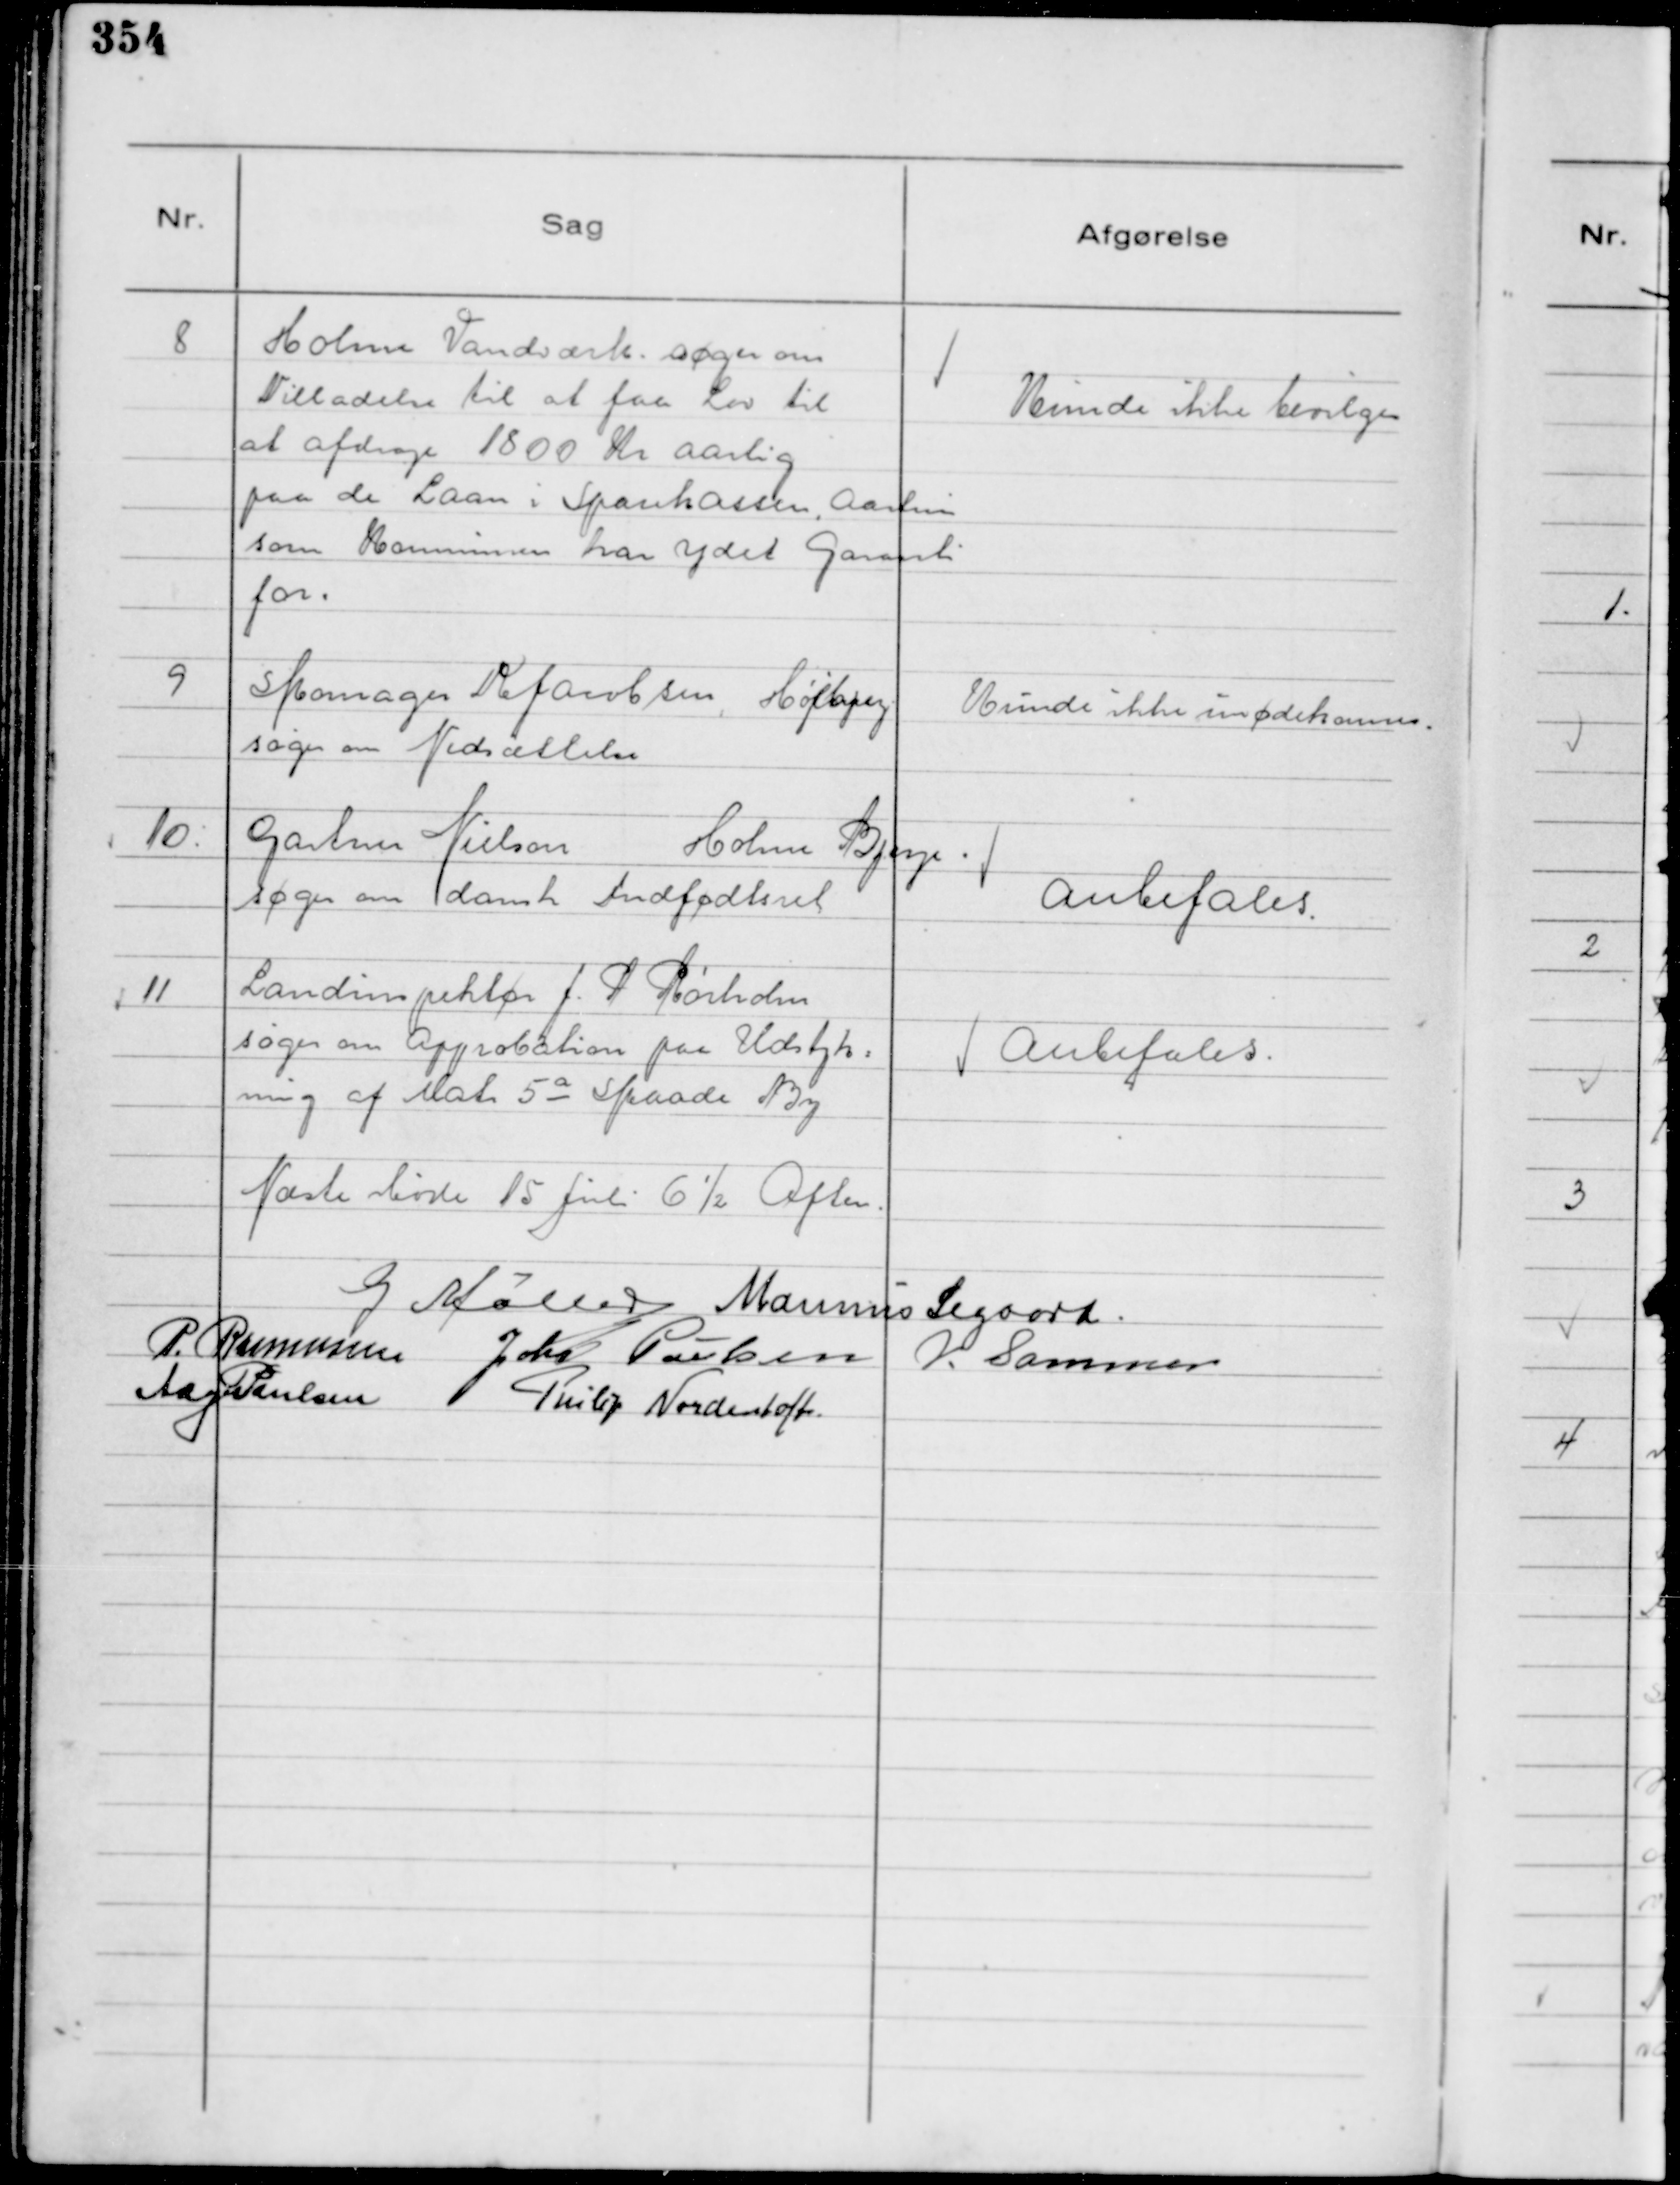
Transskription:
8
Holme Vandværk. søger om
Tilladelse til at faa Lov til
at afdrage 1800 Kr aarlig
paa de Laan i Sparekassen, Aarhus
som Kommunen har ydet Garanti
for.

Kunde ikke bevilges

9
Skomager K Jacobsen, Højbjerg
søger om Nedsættelse

Kunde ikke imødekomns.

10:
Gartner Nielsen Holme Bjerge.
søger om dansk Indfødsret

Anbefales.

11
Landinspektør J. P Rørholm
søger om Approbation paa Udstyk=
ning af Matr 5 a Skaade By

Anbefales.

Næste Møde 15 Juli 6½ Aften.

G Møller
Marinus Sigaard.
P. Rasmussen
Johs Poulsen
V. Sommer
Aage Poulsen
Philip Nordentoft.